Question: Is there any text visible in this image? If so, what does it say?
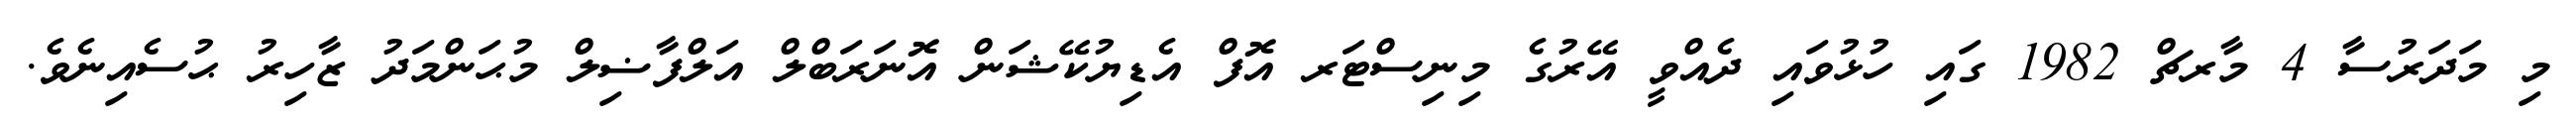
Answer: މި މަދަރުސާ 4 މާރޗް 1982 ގައި ހުޅުވައި ދެއްވީ އޭރުގެ މިނިސްޓަރ އޮފް އެޑިޔުކޭޝަން އޮނަރަބްލް އަލްފާޟިލް މުޙަންމަދު ޒާހިރު ޙުސެއިނެވެ.